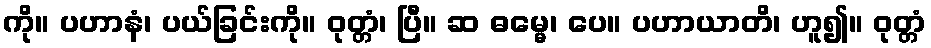
ကို။ ပဟာနံ၊ ပယ်ခြင်းကို။ ဝုတ္တံ၊ ပြီ။ ဆ ဓမ္မေ၊ ပေ။ ပဟာယာတိ၊ ဟူ၍။ ဝုတ္တံ